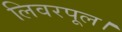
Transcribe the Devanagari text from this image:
लिवरपूल।